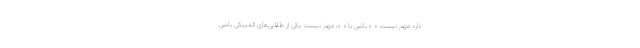
دارد مهم نیست « » باشی یا « »، مهم نیست یکی از طلایی‌های المپیکی باشی